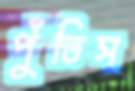
পুঁতিস